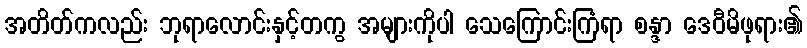
အတိတ်ကလည်း ဘုရာလောင်းနှင့်တကွ အများကိုပါ သေကြောင်းကြံရာ စန္ဒာ ဒေဝီမိဖုရား၏